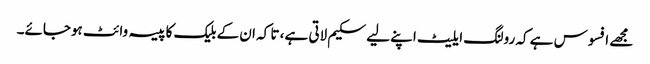
مجھے افسوس ہے کہ رولنگ ایلیٹ اپنے لیے سکیم لاتی ہے، تا کہ ان کے بلیک کا پیسہ وائٹ ہوجائے۔